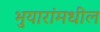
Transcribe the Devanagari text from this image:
भुयारांमधील